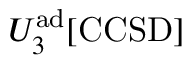
U _ { 3 } ^ { \mathrm { a d } } [ \mathrm { C C S D } ]